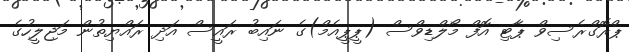
ޕްރޮގްރެސިވް ޕާޓި އޮފް މޯލްޑިވްސް (ޕީޕީއެމް)ގެ ނައިބު ރައީސް އަދި ރައްޔިތުން މަޖިލީހުގެ